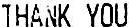
THANK YOU